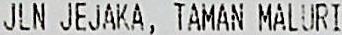
JLN JEJAKA, TAMAN MALURI